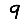
Digit: 9